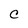
Character: C